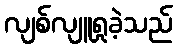
လျစ်လျူရှုခဲ့သည်